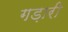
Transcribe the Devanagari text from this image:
गड़ारी